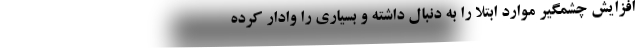
افزایش چشمگیر موارد ابتلا را به دنبال داشته و بسیاری را وادار کرده